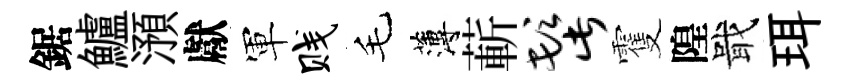
鋸鱸澦獻軍贱毛薄蔪髭䨥隍戢珥